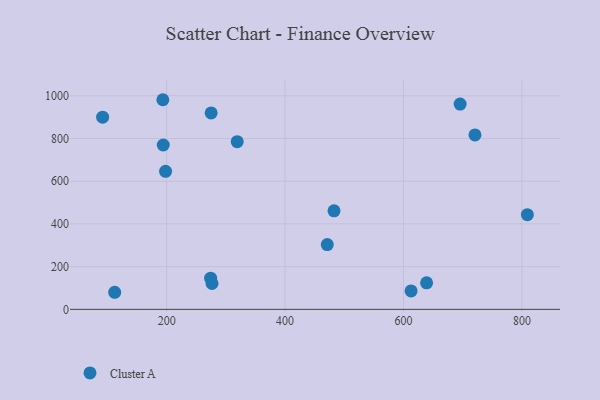
{"axis": {"x": "Distance", "y": "Fuel Efficiency"}, "legend": ["Cluster A"], "data": [{"x": "471.2", "y": 303.5, "type": "Cluster A"}, {"x": "194.2", "y": 769.7, "type": "Cluster A"}, {"x": "612.8", "y": 86.5, "type": "Cluster A"}, {"x": "198.1", "y": 646.4, "type": "Cluster A"}, {"x": "720.7", "y": 817.0, "type": "Cluster A"}, {"x": "809.2", "y": 443.3, "type": "Cluster A"}, {"x": "276.6", "y": 121.0, "type": "Cluster A"}, {"x": "112.2", "y": 80.0, "type": "Cluster A"}, {"x": "274.2", "y": 146.1, "type": "Cluster A"}, {"x": "91.8", "y": 900.0, "type": "Cluster A"}, {"x": "639.0", "y": 124.2, "type": "Cluster A"}, {"x": "319.1", "y": 785.4, "type": "Cluster A"}, {"x": "482.6", "y": 461.4, "type": "Cluster A"}, {"x": "193.5", "y": 981.6, "type": "Cluster A"}, {"x": "695.6", "y": 961.1, "type": "Cluster A"}, {"x": "275.1", "y": 919.6, "type": "Cluster A"}]}